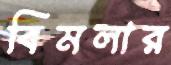
বিমলার